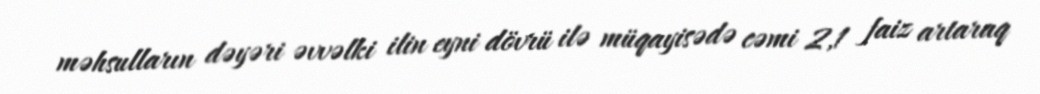
məhsulların dəyəri əvvəlki ilin eyni dövrü ilə müqayisədə cəmi 2,1 faiz artaraq